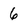
Character: 6